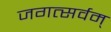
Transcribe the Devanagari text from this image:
जगत्सर्वम्